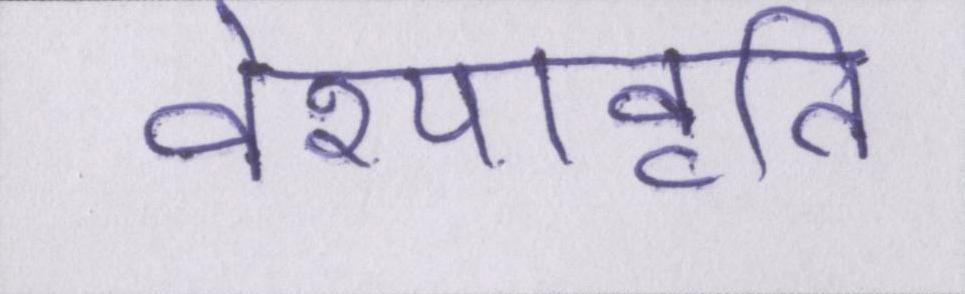
वेश्यावृति